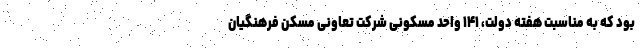
بود که به مناسبت هفته دولت، ۱۴۱ واحد مسکونی شرکت تعاونی مسکن فرهنگیان